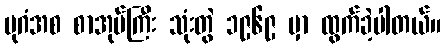
ပုဂံအစ စာအုပ်ကြီး သုံးတွဲ ၁၉၆၉ မှာ ထွက်ခဲ့ပါတယ်။